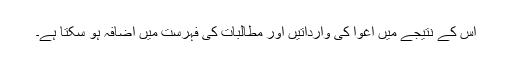
اس کے نتیجے میں اغوا کی وارداتیں اور مطالبات کی فہرست میں اضافہ ہو سکتا ہے۔